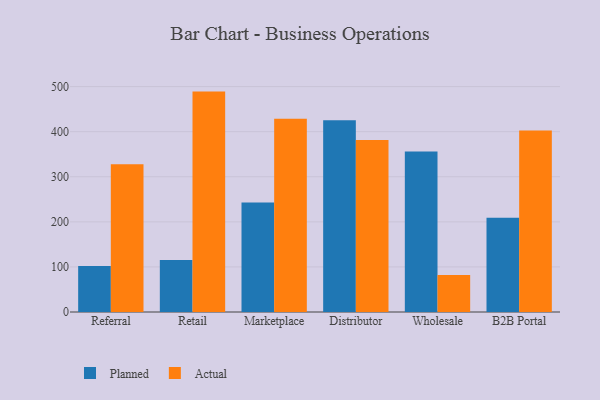
{"axis": {"x": "Channel", "y": "Headcount"}, "legend": ["Actual", "Planned"], "data": [{"x": "Referral", "y": 102.3, "type": "Planned"}, {"x": "Referral", "y": 327.6, "type": "Actual"}, {"x": "Retail", "y": 115.4, "type": "Planned"}, {"x": "Retail", "y": 488.9, "type": "Actual"}, {"x": "Marketplace", "y": 243.1, "type": "Planned"}, {"x": "Marketplace", "y": 428.7, "type": "Actual"}, {"x": "Distributor", "y": 425.3, "type": "Planned"}, {"x": "Distributor", "y": 381.4, "type": "Actual"}, {"x": "Wholesale", "y": 356.0, "type": "Planned"}, {"x": "Wholesale", "y": 82.1, "type": "Actual"}, {"x": "B2B Portal", "y": 208.9, "type": "Planned"}, {"x": "B2B Portal", "y": 402.4, "type": "Actual"}]}